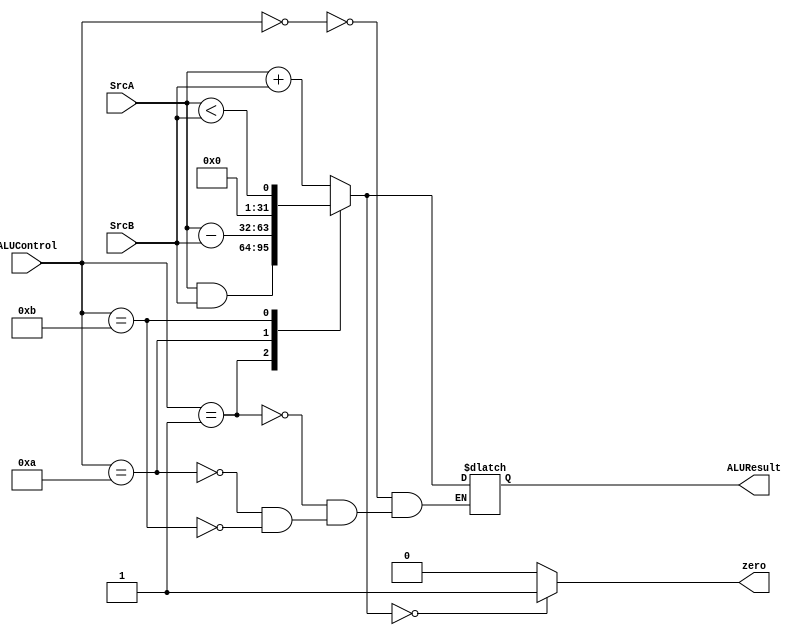
module ALU (
    input  [31:0] SrcA, SrcB,
    input  [3:0] ALUControl,

    output reg [31:0] ALUResult,
    output reg zero
);

always @(*)
begin

    case ( ALUControl )

        0000: ALUResult = SrcA + SrcB;
        0001: ALUResult = SrcA & SrcB;
        0010: ALUResult = SrcA - SrcB;
        0011: ALUResult = SrcA < SrcB;
        0100: ALUResult = SrcA / SrcB;
        0101: ALUResult = SrcA % SrcB;
        0110: ALUResult = SrcA >>> SrcB;
        0111: ALUResult = SrcA << SrcB;
        1000: ALUResult = SrcA >> SrcB;

    endcase;
    zero = 0;
    if ( ALUResult == 0 ) begin
        zero = 1;
    end

end

    
endmodule